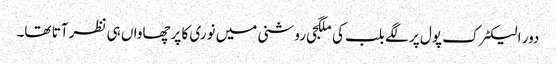
دور الیکٹرک پول پر لگے بلب کی ملگجی روشنی میں نوری کا پرچھاواں ہی نظر آتا تھا۔